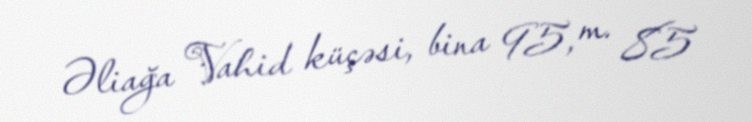
Əliağa Vahid küçəsi, bina 95, m. 85